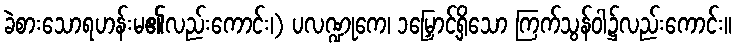
ခဲစားသောရဟန်းမ၏လည်းကောင်း၊) ပလဏ္ဍုကေ၊ ၁မြှောင့်ရှိသော ကြက်သွန်ဝါ၌လည်းကောင်း။